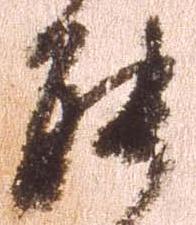
能